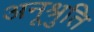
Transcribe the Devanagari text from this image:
अनूश्रुति